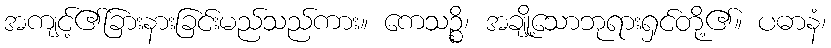
အကျင့်၏ခြားနားခြင်းမည်သည်ကား။ ကေသဉ္စိ၊ အချို့သောဘုရားရှင်တို့၏။ ပဓာနံ၊